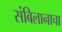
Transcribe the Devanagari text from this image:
संबिलानाचा